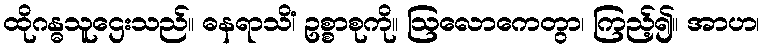
ထိုဂန္ဓသူဌေးသည်။ ဓနရာသိံ၊ ဥစ္စာစုကို။ ဩလောကေတွာ၊ ကြည့်၍။ အာဟ၊